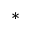
^ { \ast }